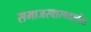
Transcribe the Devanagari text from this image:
समाजस्वास्थ्यातील